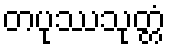
တပုဿသုတ္တံ